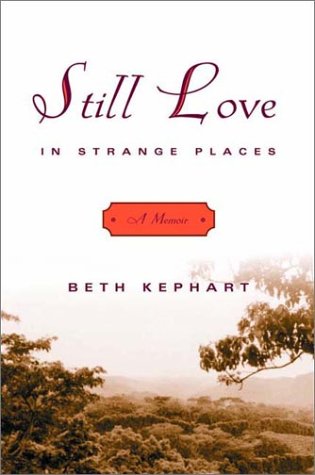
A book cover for Still Love in Strange Places: A Memoir; Beth Kephart; Travel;